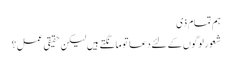
ہم تمام ذی
شعور لوگوں کے لئے دعا تو مانگتے ہیں لیکن حقیقی عمل؟